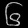
Digit: ၆